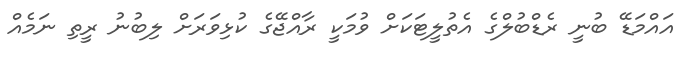
އައްމަޑޭ ބުނީ ރެޑްބުލްގެ އެތުލީޓަކަށް ވުމަކީ ރާއްޖޭގެ ކުޅިވަރަށް ލިބުނު ރީތި ނަމެއް